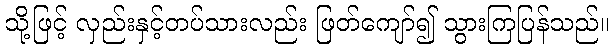
သို့ဖြင့် လှည်းနှင့်တပ်သားလည်း ဖြတ်ကျော်၍ သွားကြပြန်သည်။